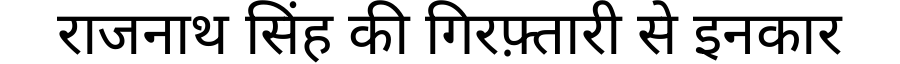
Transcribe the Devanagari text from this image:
राजनाथ सिंह की गिरफ़्तारी से इनकार